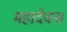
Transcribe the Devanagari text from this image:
महादेवन।